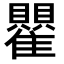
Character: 𬯵